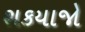
શકયાજો